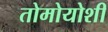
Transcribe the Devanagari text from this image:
तोमोयोशी